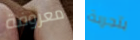
معروفة بتجربة